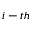
i - t h